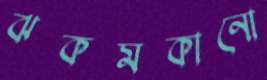
ঝকমকানো